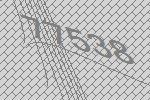
77538